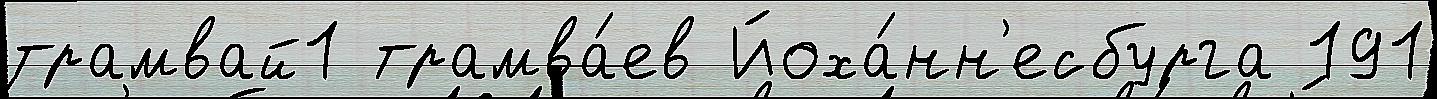
трамвай1 трамва́ев Йоха́нн'есбурга 191